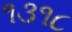
૧૩૧૮